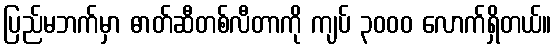
ပြည်မဘက်မှာ ဓာတ်ဆီတစ်လီတာကို ကျပ် ၃၀၀၀ လောက်ရှိတယ်။